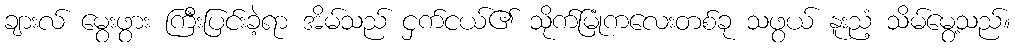
ချားလ် မွေးဖွား ကြီးပြင်းခဲ့ရာ အိမ်သည် ငှက်ငယ်၏ သိုက်မြုံကလေးတစ်ခု သဖွယ် နူးညံ့ သိမ်မွေ့သည်။